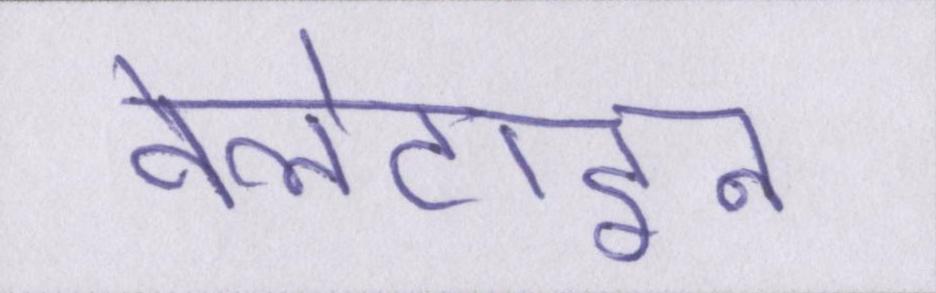
वेलेंटाइन